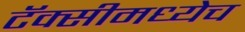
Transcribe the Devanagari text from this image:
टॅक्सीमध्येच